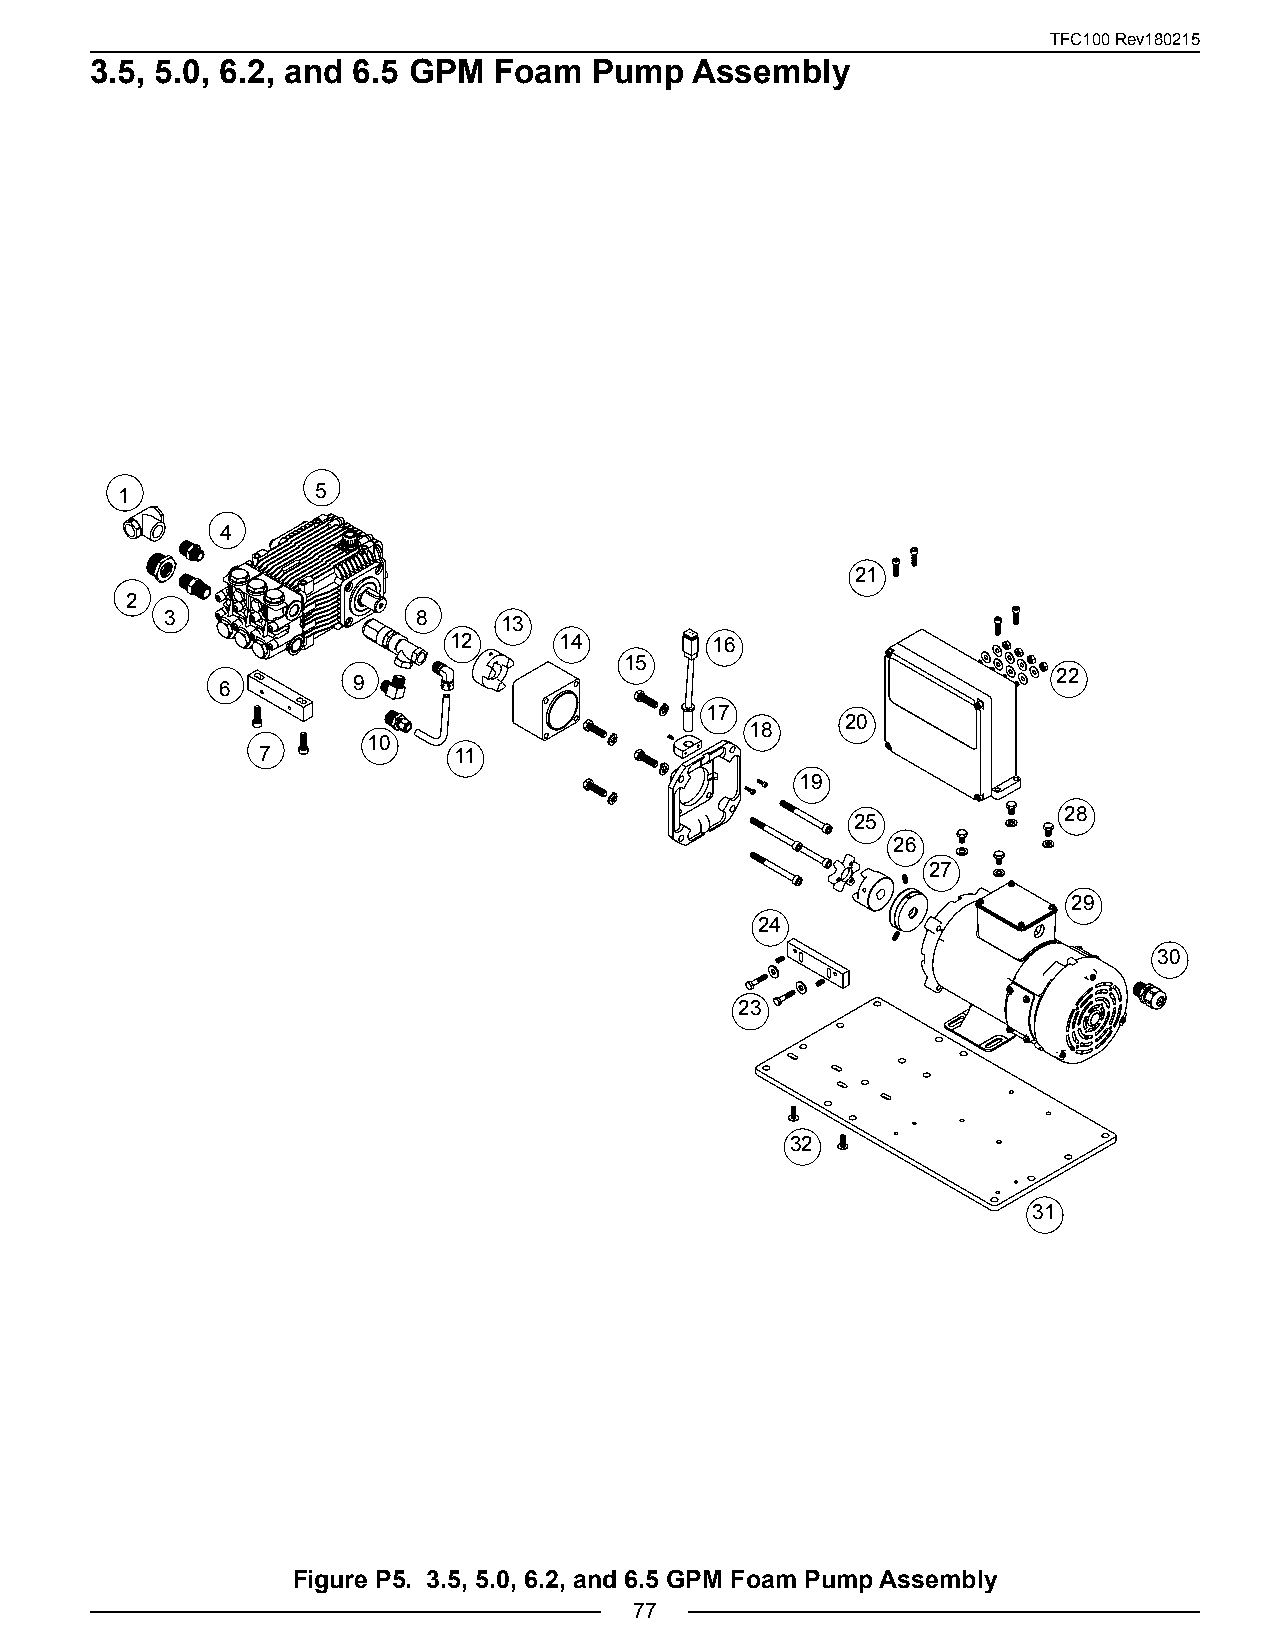
TFC100 Rev180215
 3.5, 5.0, 6.2, and 6.5 GPM Foam  Pump   Assembly
 1            5
 4
 21
 2
 3                8    13
 12     14        16
 15
 22
 6        9
 17
 20
 18
 10
 7            11
 19
 28
 25
 26
 27
 29
 24
 30
 23
 32
 31
 Figure P5. 3.5, 5.0, 6.2, and 6.5 GPM Foam Pump Assembly
 77